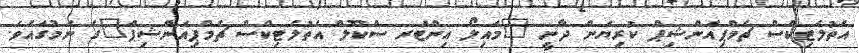
އެތުލެޓިކްސް ޗެމްޕިއަންޝިޕް ކުރިޔަށް ދާނީ "މައިލޯ އިންޓަރ ސްކޫލް އެތުލެޓިކްސް ޗެމްޕިއަންޝިޕް"ގެ ނަމުގައެވެ.